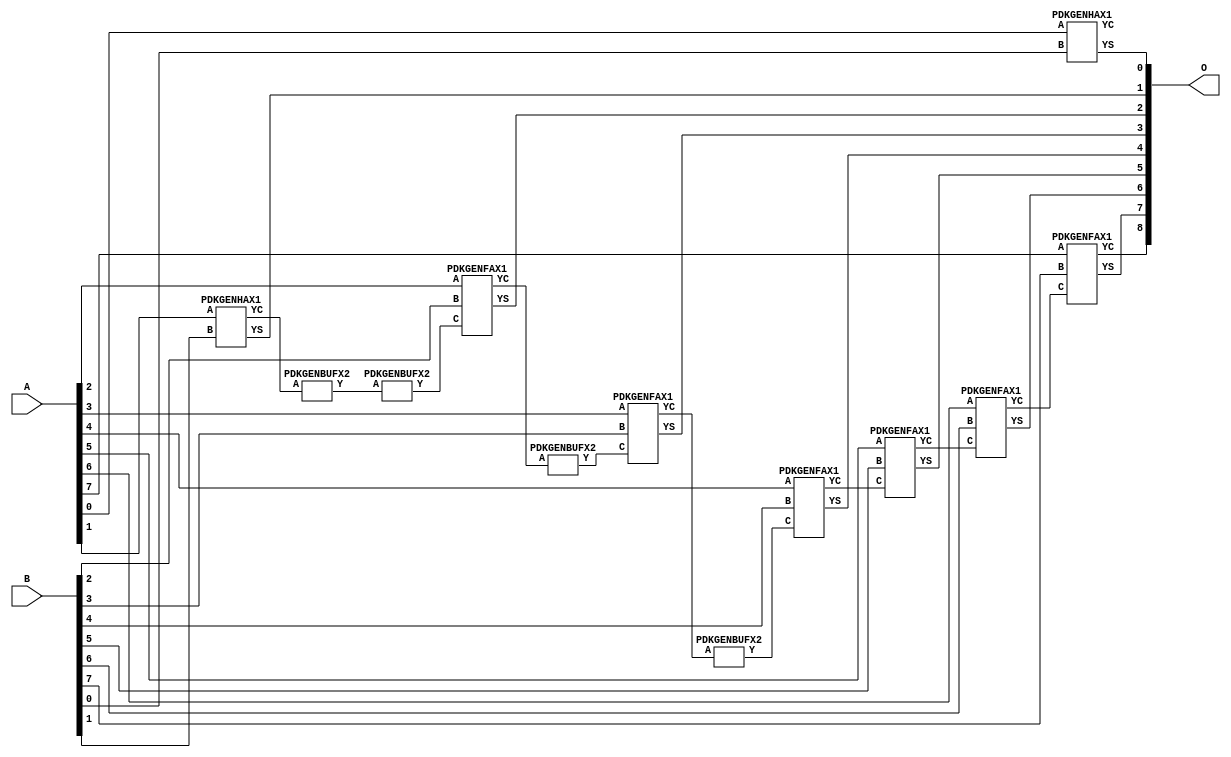
// Library = EvoApprox8b
// Circuit = add8_183
// Area   (180) = 976
// Delay  (180) = 1.670
// Power  (180) = 338.60
// Area   (45) = 72
// Delay  (45) = 0.650
// Power  (45) = 31.75
// Nodes = 12
// HD = 32640
// MAE = 0.50000
// MSE = 1.00000
// MRE = 0.27 %
// WCE = 2
// WCRE = 100 %
// EP = 25.0 %

module add8_183(A, B, O);
  input [7:0] A;
  input [7:0] B;
  output [8:0] O;
  wire [2031:0] N;

  assign N[0] = A[0];
  assign N[1] = A[0];
  assign N[2] = A[1];
  assign N[3] = A[1];
  assign N[4] = A[2];
  assign N[5] = A[2];
  assign N[6] = A[3];
  assign N[7] = A[3];
  assign N[8] = A[4];
  assign N[9] = A[4];
  assign N[10] = A[5];
  assign N[11] = A[5];
  assign N[12] = A[6];
  assign N[13] = A[6];
  assign N[14] = A[7];
  assign N[15] = A[7];
  assign N[16] = B[0];
  assign N[17] = B[0];
  assign N[18] = B[1];
  assign N[19] = B[1];
  assign N[20] = B[2];
  assign N[21] = B[2];
  assign N[22] = B[3];
  assign N[23] = B[3];
  assign N[24] = B[4];
  assign N[25] = B[4];
  assign N[26] = B[5];
  assign N[27] = B[5];
  assign N[28] = B[6];
  assign N[29] = B[6];
  assign N[30] = B[7];
  assign N[31] = B[7];

  PDKGENHAX1 n76(.A(N[0]), .B(N[16]), .YS(N[76]), .YC(N[77]));
  PDKGENHAX1 n82(.A(N[2]), .B(N[18]), .YS(N[82]), .YC(N[83]));
  PDKGENBUFX2 n112(.A(N[83]), .Y(N[112]));
  assign N[113] = N[112];
  PDKGENBUFX2 n126(.A(N[113]), .Y(N[126]));
  assign N[127] = N[126];
  PDKGENFAX1 n132(.A(N[4]), .B(N[20]), .C(N[127]), .YS(N[132]), .YC(N[133]));
  PDKGENBUFX2 n174(.A(N[133]), .Y(N[174]));
  PDKGENFAX1 n182(.A(N[6]), .B(N[22]), .C(N[174]), .YS(N[182]), .YC(N[183]));
  PDKGENBUFX2 n208(.A(N[183]), .Y(N[208]));
  PDKGENFAX1 n232(.A(N[8]), .B(N[24]), .C(N[208]), .YS(N[232]), .YC(N[233]));
  PDKGENFAX1 n282(.A(N[10]), .B(N[26]), .C(N[233]), .YS(N[282]), .YC(N[283]));
  PDKGENFAX1 n332(.A(N[12]), .B(N[28]), .C(N[283]), .YS(N[332]), .YC(N[333]));
  PDKGENFAX1 n382(.A(N[14]), .B(N[30]), .C(N[333]), .YS(N[382]), .YC(N[383]));

  assign O[0] = N[76];
  assign O[1] = N[82];
  assign O[2] = N[132];
  assign O[3] = N[182];
  assign O[4] = N[232];
  assign O[5] = N[282];
  assign O[6] = N[332];
  assign O[7] = N[382];
  assign O[8] = N[383];

endmodule
/* mod */
module PDKGENHAX1( input A, input B, output YS, output YC );
    assign YS = A ^ B;
    assign YC = A & B;
endmodule
/* mod */
module PDKGENFAX1( input A, input B, input C, output YS, output YC );
    assign YS = (A ^ B) ^ C;
    assign YC = (A & B) | (B & C) | (A & C);
endmodule
/* mod */
module PDKGENBUFX2(input A, output Y );
     assign Y = A;
endmodule